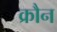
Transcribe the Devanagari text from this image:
क्रौन